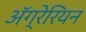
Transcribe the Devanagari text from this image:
ॲग्रेरियन